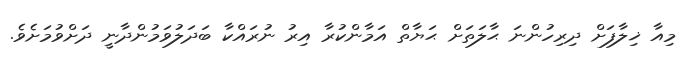
މިއާ ޚިލާފަށް ދިރިހުންނަ ޙާލަތަށް ޙަޔާތް އަމާންކުރާ އިރު ނުރައްކާ ބަދަލުވަމުންދާނީ ދަށްވުމަށެވެ.